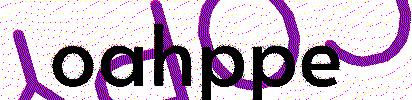
oahppe